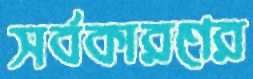
সর্বকারণের